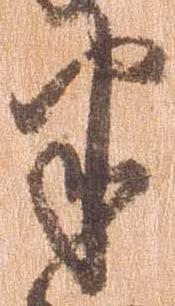
半